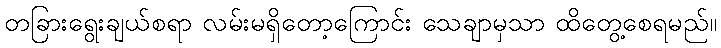
တခြားရွေးချယ်စရာ လမ်းမရှိတော့ကြောင်း သေချာမှသာ ထိတွေ့စေရမည်။